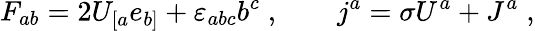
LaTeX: F_{ab}=2U_{[a}e_{b]}+{\varepsilon}_{abc}b^{c}\; ,\qquad j^{a}=\sigma U^{a}+J^{a}\; ,